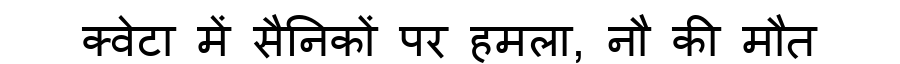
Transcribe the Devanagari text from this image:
क्वेटा में सैनिकों पर हमला, नौ की मौत